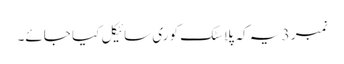
نمبر 3 یہ کہ پلاسٹک کو ری سائیکل کیا جائے۔